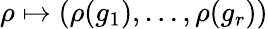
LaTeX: \rho\mapsto(\rho(g_{1}),\ldots,\rho(g_{r}))